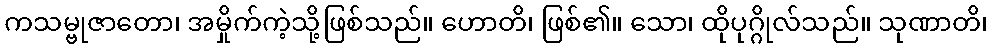
ကသမ္ဗုဇာတော၊ အမှိုက်ကဲ့သို့ဖြစ်သည်။ ဟောတိ၊ ဖြစ်၏။ သော၊ ထိုပုဂ္ဂိုလ်သည်။ သုဏာတိ၊